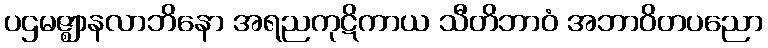
ပဌမဇ္ဈာနလာဘိနော အရညကုဋိကာယ သီတိဘာဝံ အဘာဝိတပညော